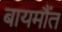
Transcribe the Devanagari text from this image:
बायमौंत